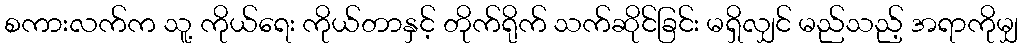
စကားလက်က သူ့ ကိုယ်ရေး ကိုယ်တာနှင့် တိုက်ရိုက် သက်ဆိုင်ခြင်း မရှိလျှင် မည်သည့် အရာကိုမျှ